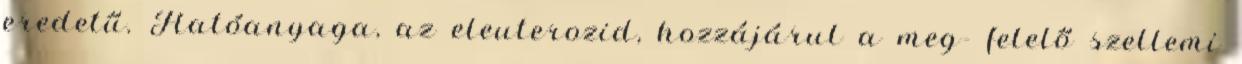
eredetű. Hatóanyaga, az eleuterozid, hozzájárul a meg- felelő szellemi